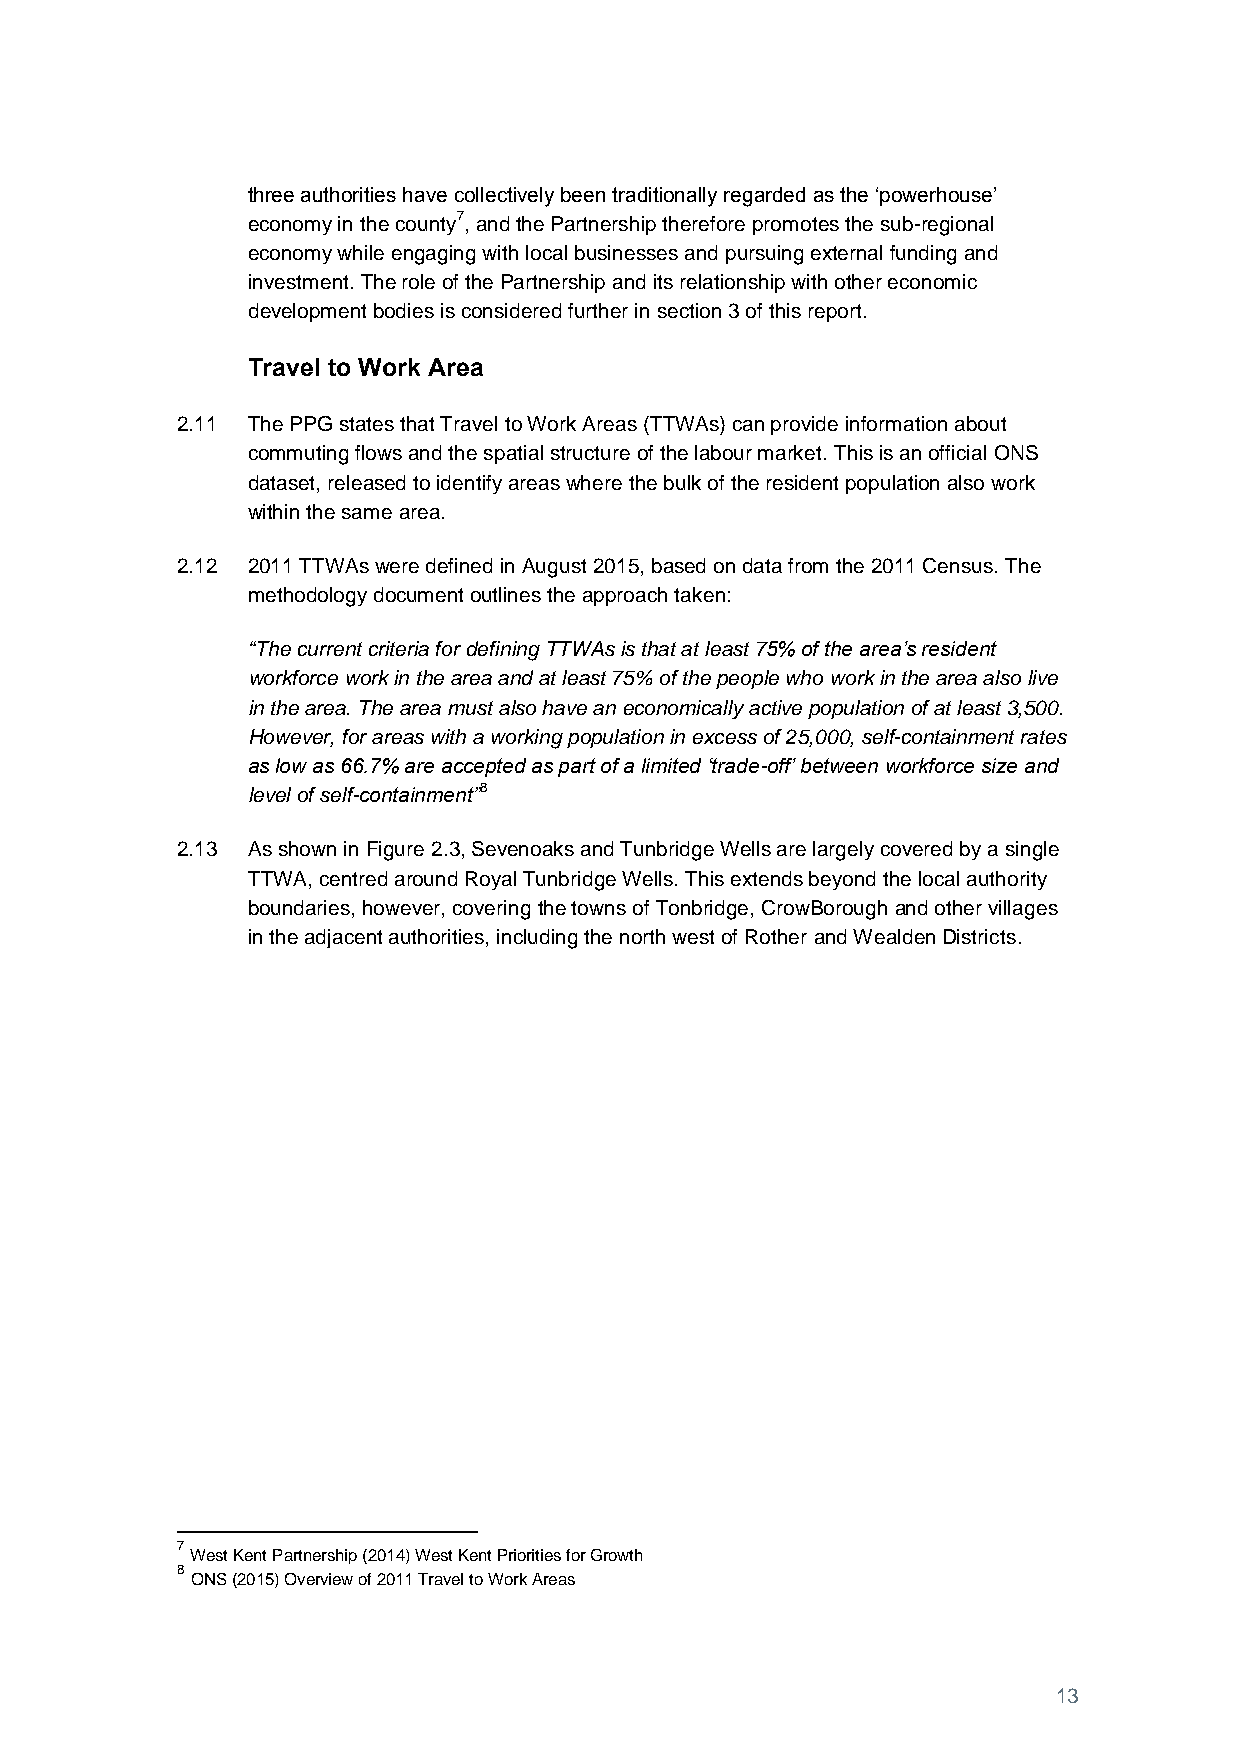
three authorities have collectively been traditionally regarded as the ‘powerhouse’
 economy in the county7, and the Partnership therefore promotes the sub-regional
 economy while engaging with local businesses and pursuing external funding and
 investment. The role of the Partnership and its relationship with other economic
 development bodies is considered further in section 3 of this report.
 Travel to Work Area
 2.11 The PPG states that Travel to Work Areas (TTWAs) can provide information about
 commuting flows and the spatial structure of the labour market. This is an official ONS
 dataset, released to identify areas where the bulk of the resident population also work
 within the same area.
 2.12 2011 TTWAs were defined in August 2015, based on data from the 2011 Census. The
 methodology document outlines the approach taken:
 “The current criteria for defining TTWAs is that at least 75% of the area’s resident
 workforce work in the area and at least 75% of the people who work in the area also live
 in the area. The area must also have an economically active population of at least 3,500.
 However, for areas with a working population in excess of 25,000, self-containment rates
 as low as 66.7% are accepted as part of a limited ‘trade-off’ between workforce size and
 level of self-containment”8
 2.13 As shown in Figure 2.3, Sevenoaks and Tunbridge Wells are largely covered by a single
 TTWA, centred around Royal Tunbridge Wells. This extends beyond the local authority
 boundaries, however, covering the towns of Tonbridge, CrowBorough and other villages
 in the adjacent authorities, including the north west of Rother and Wealden Districts.
 7
 West Kent Partnership (2014) West Kent Priorities for Growth
 8
 ONS (2015) Overview of 2011 Travel to Work Areas
 13